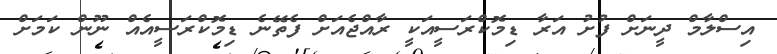
އިސްލާމް ދީނަށް ފުށު އަރާ ޑިމޮކްރަސީއަކީ ރާއްޖެއަށް ފެތޭނެ ޑިމޮކްރަސީއެއް ނޫން ކަމަށް